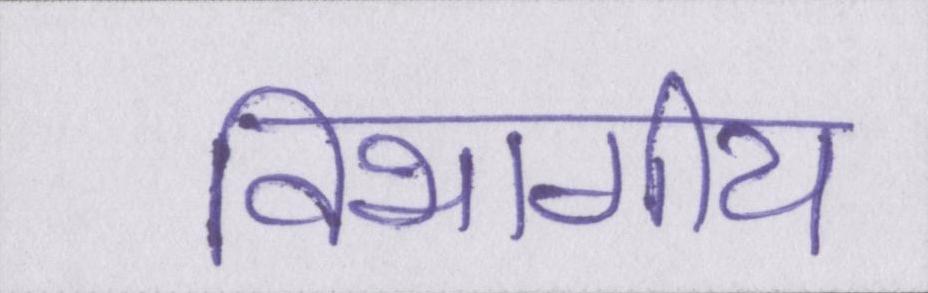
विभागीय